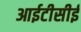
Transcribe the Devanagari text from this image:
आईटीसीई